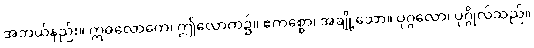
အဘယ်နည်း။ ဣဓလောကေ၊ ဤလောက၌။ ဧကစ္စော၊ အချို့သော။ ပုဂ္ဂလော၊ ပုဂ္ဂိုလ်သည်။